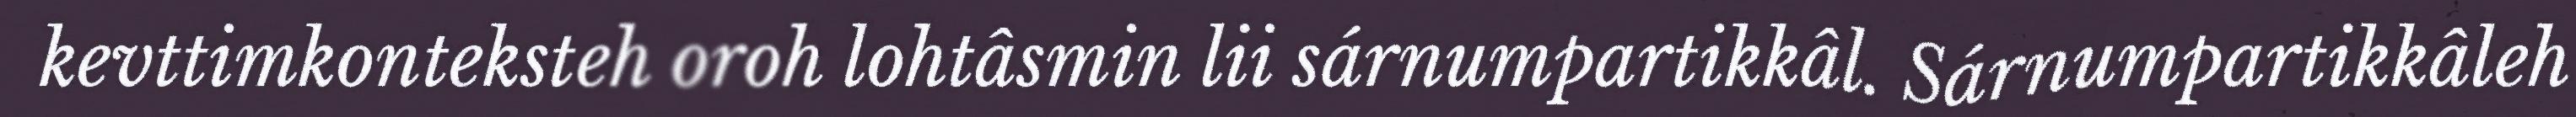
kevttimkonteksteh oroh lohtâsmin lii sárnumpartikkâl. Sárnumpartikkâleh